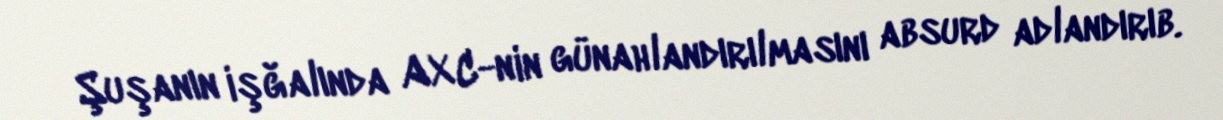
Şuşanın işğalında AXC-nin günahlandırılmasını absurd adlandırıb.